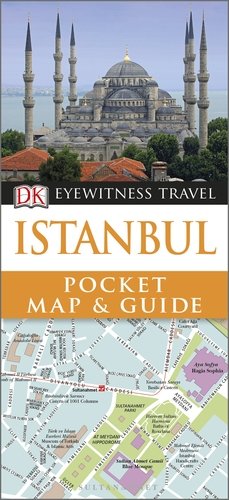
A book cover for DK Eyewitness Pocket Map and Guide: Istanbul; Travel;